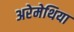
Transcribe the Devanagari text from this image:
अरेमेथिया